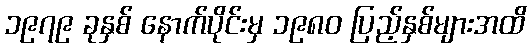
၁၉၇၉ ခုနှစ် နောက်ပိုင်းမှ ၁၉၈၀ ပြည့်နှစ်များအထိ